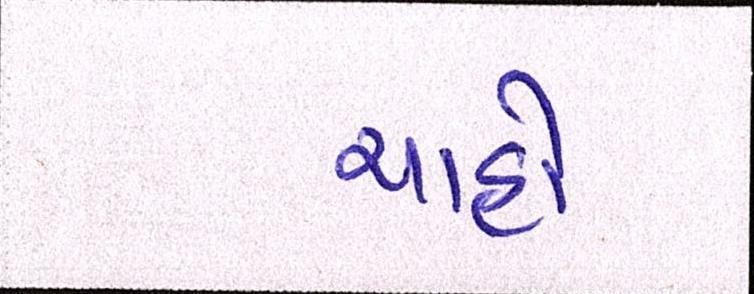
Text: ચાહો